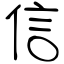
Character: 信